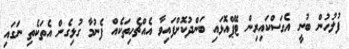
ފުލުހުން ބުނީ އެގަސްކައިރިން ޓޭޕްއޮޅައި ބަންދުކޮށްފައިވާ އެއްޗެހިތަކެއް ފެނުމާ ގުޅިގެން އެތަކެތި ނަގައި